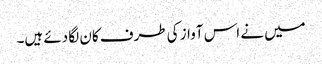
میں نے اس آواز کی طرف کان لگا دئے ہیں۔